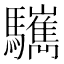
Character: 𩧎